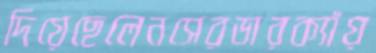
দিয়েছেলেনসেরডারক্যাঁয়